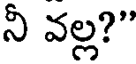
నీ వల్ల?"